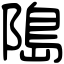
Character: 﨩